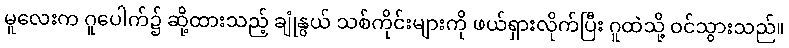
မူလေးက ဂူပေါက်၌ ဆို့ထားသည့် ချုံနွယ် သစ်ကိုင်းများကို ဖယ်ရှားလိုက်ပြီး ဂူထဲသို့ ဝင်သွားသည်။